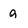
Character: q